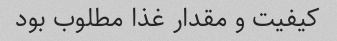
کیفیت و مقدار غذا مطلوب بود